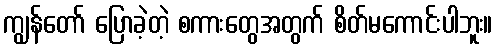
ကျွန်တော် ပြောခဲ့တဲ့ စကားတွေအတွက် စိတ်မကောင်းပါဘူး။